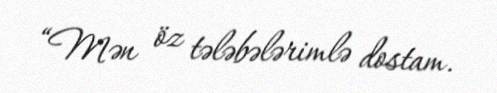
“Mən öz tələbələrimlə dostam.